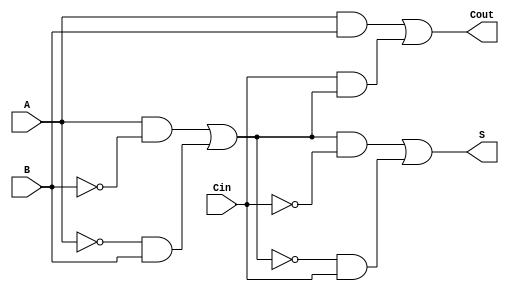
module TransmissionGateFullAdder (
    input wire A,    // First input bit
    input wire B,    // Second input bit
    input wire Cin,  // Carry-in bit
    output wire S,   // Sum output
    output wire Cout // Carry-out output
);

// Intermediate signals
wire AB, A_XOR_B;

// Transmission Gate Implementation for XOR (A XOR B)
assign A_XOR_B = (A & ~B) | (~A & B);

// Transmission Gate Implementation for Sum (S = A XOR B XOR Cin)
assign S = (A_XOR_B & ~Cin) | (~A_XOR_B & Cin);

// Transmission Gate Implementation for Carry-out
assign AB = A & B; // A AND B
assign Cout = AB | (Cin & A_XOR_B); // Cout = (A AND B) OR (Cin AND (A XOR B))

endmodule